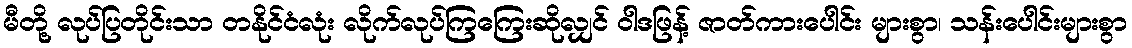
မီတို့ လုပ်ပြတိုင်းသာ တနိုင်ငံလုံး လိုက်လုပ်ကြကြေးဆိုလျှင် ဝါဒဖြန့် ဇာတ်ကားပေါင်း များစွာ၊ သန်းပေါင်းများစွာ